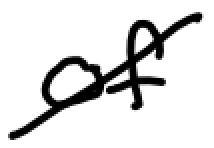
Text: of
Cross-out: diagonal
Writing tool: digital_black